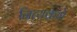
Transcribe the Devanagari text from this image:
नित्यक्रमे